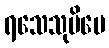
ရသေသုပိပေ